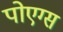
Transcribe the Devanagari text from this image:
पोएग्स